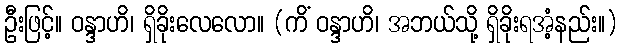
ဦးဖြင့်။ ဝန္ဒာဟိ၊ ရှိခိုးလေလော။ (ကိံ ဝန္ဒာဟိ၊ အဘယ်သို့ ရှိခိုးရအံ့နည်း။)